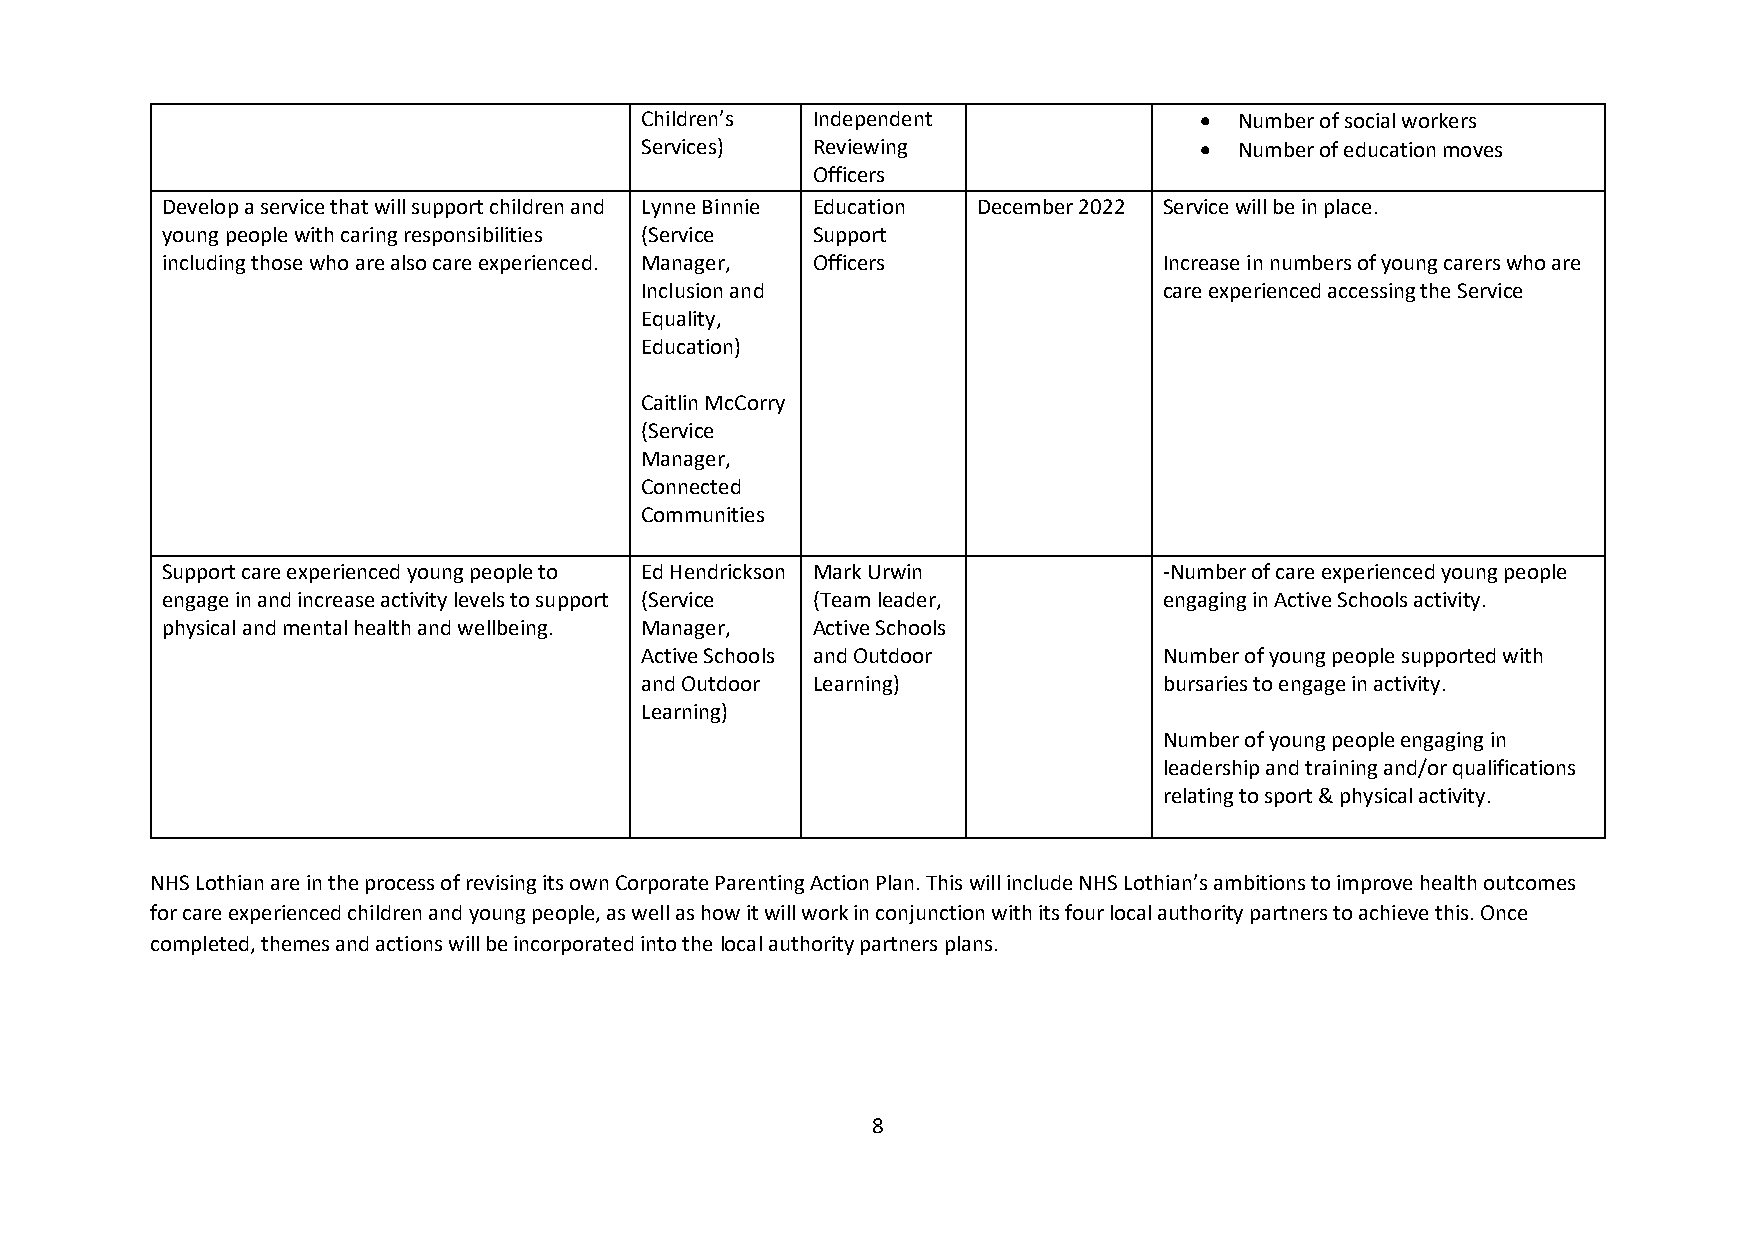
Children’s  Independent                Number of social workers
 Services)   Reviewing                  Number of education moves
 Officers
 Develop a service that will support children and Lynne Binnie Education December 2022 Service will be in place.
 young people with caring responsibilities (Service Support
 including those who are also care experienced. Manager, Officers  Increase in numbers of young carers who are
 Inclusion and                      care experienced accessing the Service
 Equality,
 Education)
 Caitlin McCorry
 (Service
 Manager,
 Connected
 Communities
 Support care experienced young people to Ed Hendrickson Mark Urwin -Number of care experienced young people
 engage in and increase activity levels to support (Service (Team leader, engaging in Active Schools activity.
 physical and mental health and wellbeing. Manager, Active Schools
 Active Schools and Outdoor         Number of young people supported with
 and Outdoor Learning)              bursaries to engage in activity.
 Learning)
 Number of young people engaging in
 leadership and training and/or qualifications
 relating to sport & physical activity.
 NHS Lothian are in the process of revising its own Corporate Parenting Action Plan. This will include NHS Lothian’s ambitions to improve health outcomes
 for care experienced children and young people, as well as how it will work in conjunction with its four local authority partners to achieve this. Once
 completed, themes and actions will be incorporated into the local authority partners plans.
 8